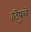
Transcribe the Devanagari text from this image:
टिपुचे